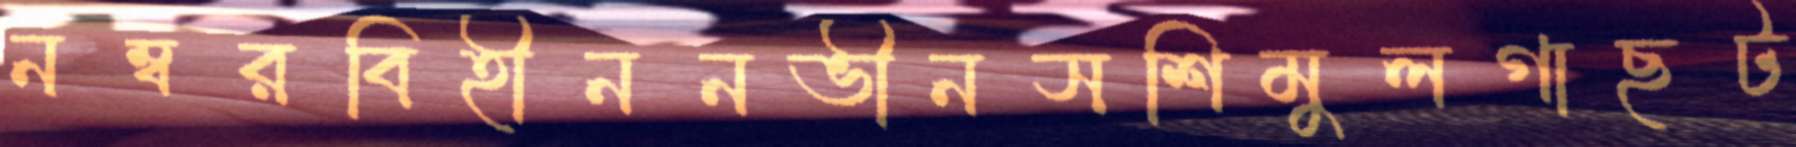
নম্বরবিহীননভীনসশিমুলগাছট